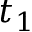
t _ { 1 }